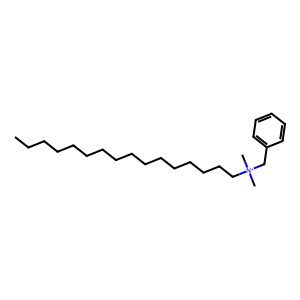
SMILES: CCCCCCCCCCCCCCCC[N+](C)(C)Cc1ccccc1
Inhibits HIV replication: No